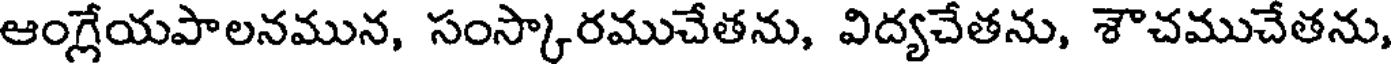
ఆంగ్లేయపాలనమున, సంస్కారముచేతను, విద్యచేతను, శౌచముచేతను,